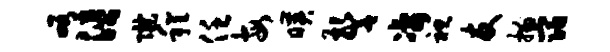
峪涪陇程任每映警凄袒友描宿